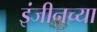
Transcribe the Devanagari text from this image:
इंजीनच्या